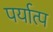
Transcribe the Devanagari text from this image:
पर्यात्प